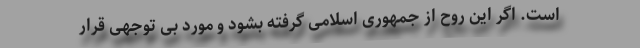
است. اگر این روح از جمهوری اسلامی گرفته بشود و مورد بی توجهی قرار